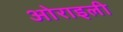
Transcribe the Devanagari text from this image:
ओराइली